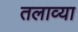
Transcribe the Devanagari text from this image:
तलाव्या